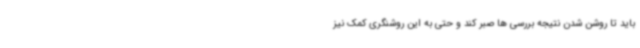
باید تا روشن شدن نتیجه بررسی ها صبر کند و حتی به این روشنگری کمک نیز